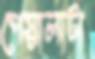
পেয়ালাটা